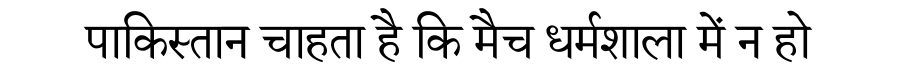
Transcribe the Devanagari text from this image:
पाकिस्तान चाहता है कि मैच धर्मशाला में न हो